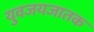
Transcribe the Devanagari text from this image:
युवजयजातक